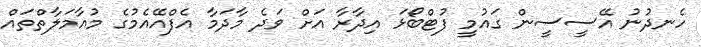
ހެނދުނު އޭސީސީން ގައުމީ ފުޓްބޯޅަ އިދާރާ އަށް ވަދެ މާދަމާ އެފްއޭއެމުގެ މުއާމަލާތްތައް